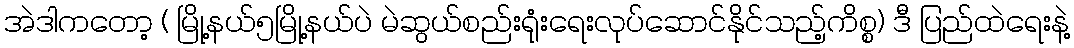
အဲဒါကတော့ ( မြို့နယ်၅မြို့နယ်ပဲ မဲဆွယ်စည်းရုံးရေးလုပ်ဆောင်နိုင်သည့်ကိစ္စ) ဒီ ပြည်ထဲရေးနဲ့